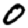
Digit: 0